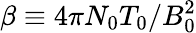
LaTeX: \beta\equiv 4\pi N_{0}T_{0}/B_{0}^{2}